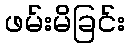
ဖမ်းမိခြင်း